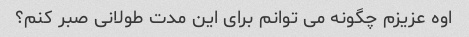
اوه عزیزم چگونه می توانم برای این مدت طولانی صبر کنم؟